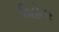
વિહોતર